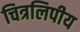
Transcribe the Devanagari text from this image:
चित्रलिपीय